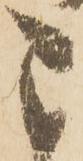
こ